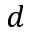
d